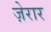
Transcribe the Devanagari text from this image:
ज़ेरार